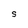
Character: S